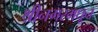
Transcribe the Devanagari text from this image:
श्रीनगरमधून